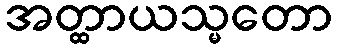
အတ္ထာယသ္မတော